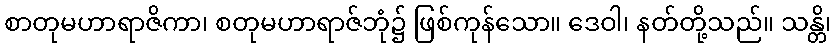
စာတုမဟာရာဇိကာ၊ စတုမဟာရာဇ်ဘုံ၌ ဖြစ်ကုန်သော။ ဒေဝါ၊ နတ်တို့သည်။ သန္တိ၊